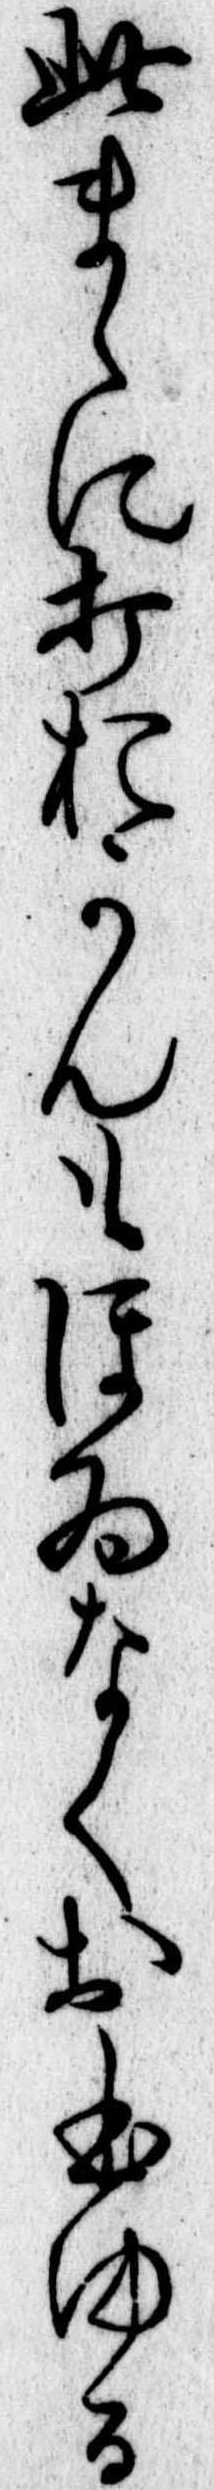
此まゝに打おかんもほゐなくおほゆる